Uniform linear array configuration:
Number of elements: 4
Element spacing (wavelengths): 1
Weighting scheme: cosine
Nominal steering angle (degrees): -60
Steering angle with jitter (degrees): -58.827
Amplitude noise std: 0.05
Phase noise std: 0.05

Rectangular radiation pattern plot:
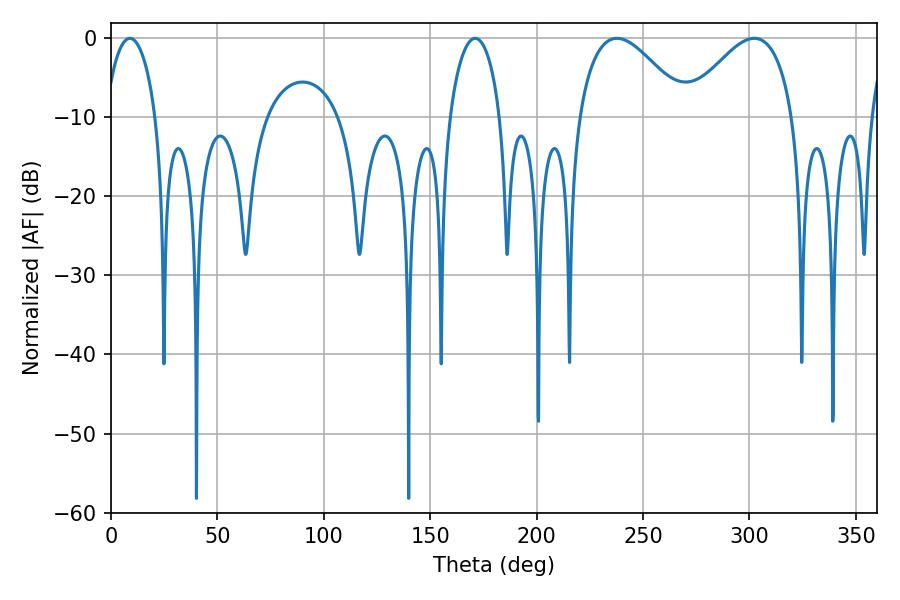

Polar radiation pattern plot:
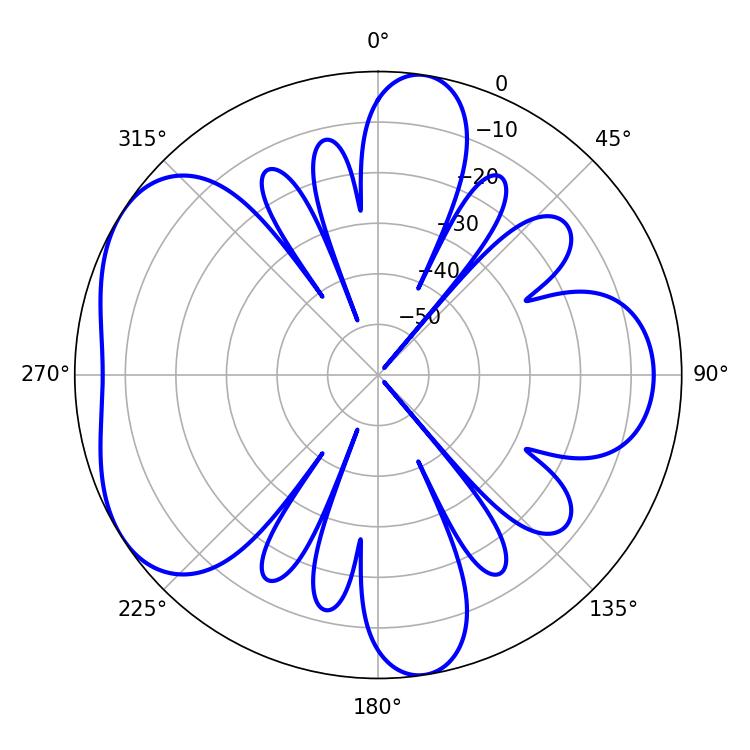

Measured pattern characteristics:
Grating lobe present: TRUE
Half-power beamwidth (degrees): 27.54
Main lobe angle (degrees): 237.78